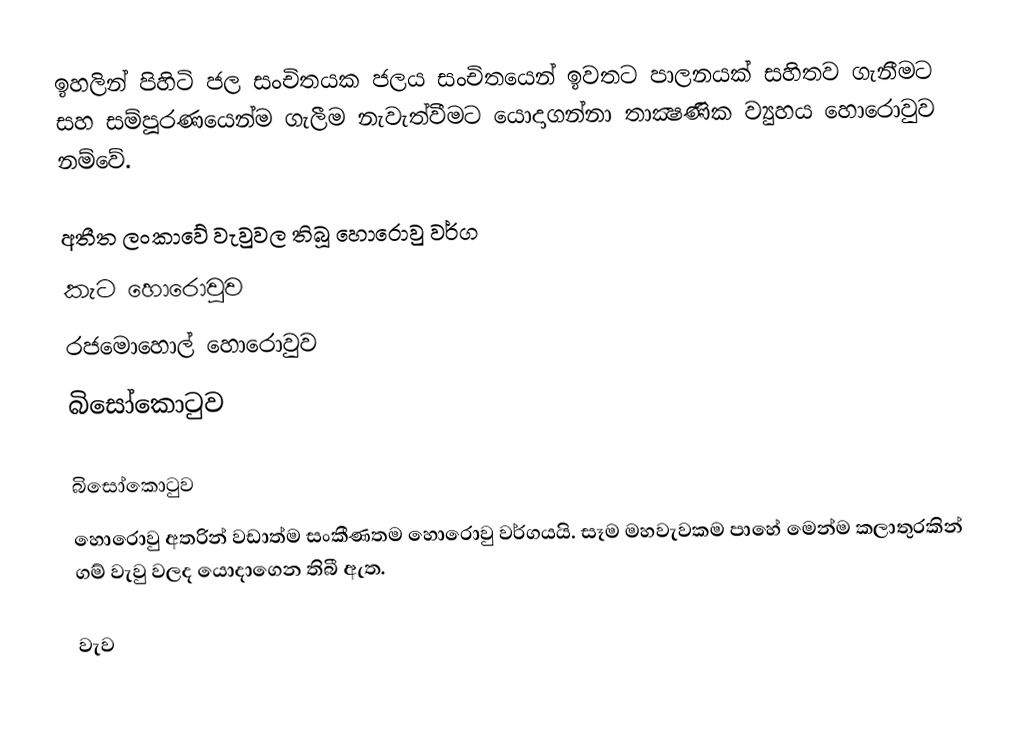
ඉහලින් පිහිටි ජල සංචිතයක ජලය සංචිතයෙන් ඉවතට පාලනයක් සහිතව ගැනීමට සහ සම්පූරණයෙන්ම ගැලීම නැවැත්වීමට යොදාගන්නා තාක්‍ෂණික ව්‍යුහය  හොරොවුව නම්වේ.

අතීත ලංකාවේ වැවුවල තිබූ හොරොවු වර්ග
 කැට හොරොවුව
 රජමොහොල් හොරොවුව
 බිසෝකොටුව

බිසෝකොටුව
හොරොවු අතරින් වඩාත්ම සංකීණතම හොරොවු වර්ගයයි. සෑම මහවැවකම පාහේ මෙන්ම කලාතුරකින් ගම් වැවු වලද යොදාගෙන තිබී ඇත.

වැව